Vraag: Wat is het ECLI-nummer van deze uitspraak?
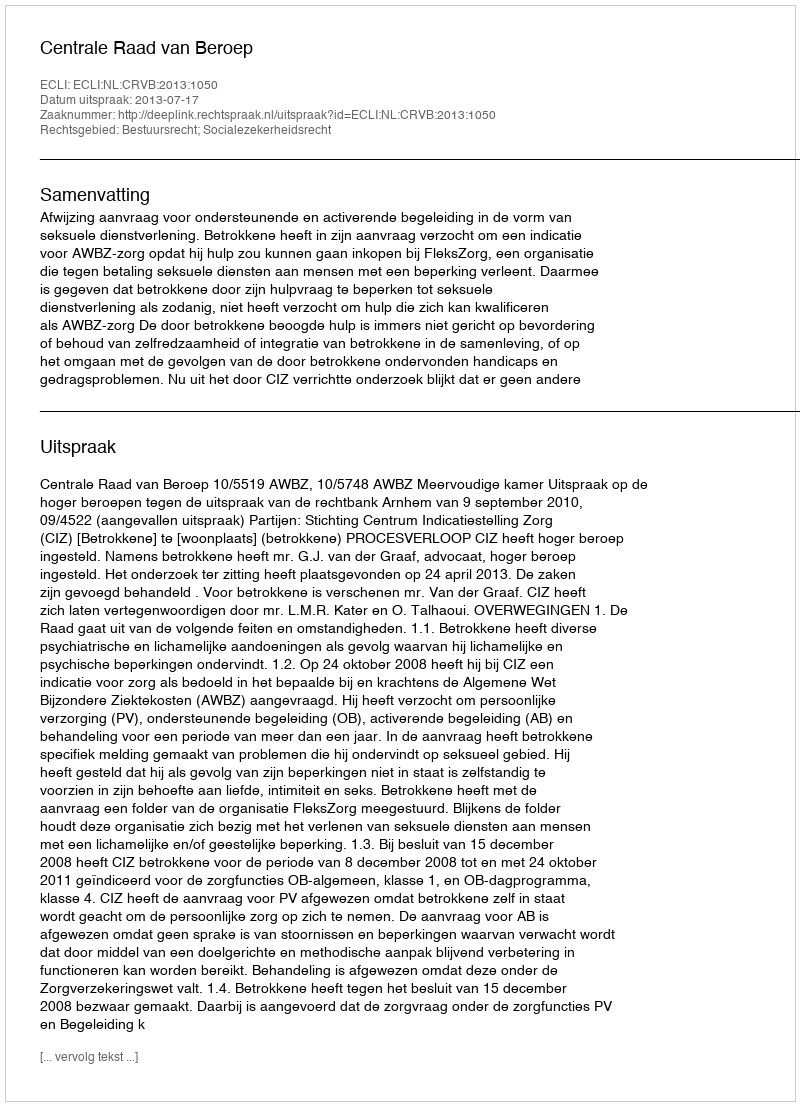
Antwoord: ECLI:NL:CRVB:2013:1050